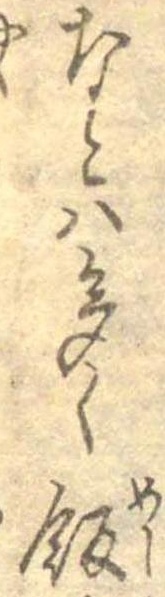
なとは多く飯